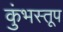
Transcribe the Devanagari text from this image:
कुंभस्तूप